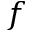
f